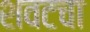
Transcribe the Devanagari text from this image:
शवटचा